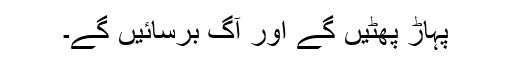
پہاڑ پھٹیں گے اور آگ برسائیں گے۔